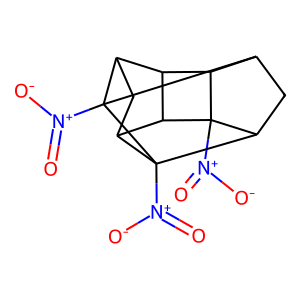
SMILES: O=[N+]([O-])C12C3C4C1C1CC4C4([N+](=O)[O-])C3CC2C14[N+](=O)[O-]
Inhibits HIV replication: No